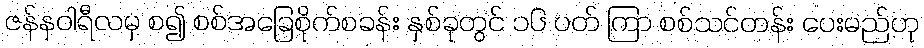
ဇန်နဝါရီလမှ စ၍ စစ်အခြေစိုက်စခန်း နှစ်ခုတွင် ၁၆ ပတ် ကြာ စစ်သင်တန်း ပေးမည်ဟု